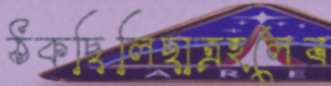
ঠকছিলিছাত্রহলেব